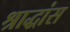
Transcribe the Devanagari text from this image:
श्राद्धांस